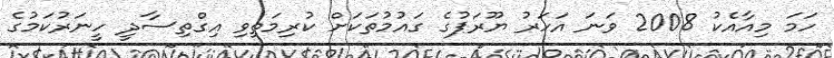
ހަމަ މިއާއެކު 2008 ވަނަ އަހަރު ޔޫރަޕުގެ ގައުމުތަކަށް ކުރިމަތިވި އިގްތިސާދީ ހީނަރުކަމުގެ